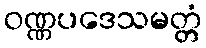
ဝဏ္ဏပဒေသမတ္တံ